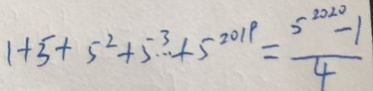
1 + 5 + 5 ^ { 2 } + 5 ^ { 3 } + 5 ^ { 2 0 1 9 } = \frac { 3 ^ { 2 0 2 2 } - 1 } { 4 }